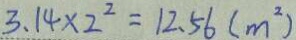
3 . 1 4 \times 2 ^ { 2 } = 1 2 . 5 6 ( m ^ { 2 } )